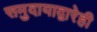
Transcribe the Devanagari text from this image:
समुदायाद्वारेही